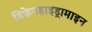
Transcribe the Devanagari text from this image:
डिफेनहाइड्रामाइन